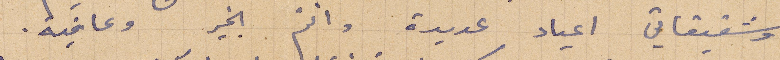
وشقيقاتي أعياد عديدة وانتم بخير وعافية.